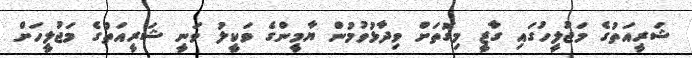
ޝަރީއަތުގެ މަޖުލީހުގައި ގާޒީ މިގޮތަށް ވިދާޅުވުމުން ޔާމީންގެ ވަކީލު ވަނީ ޝަރީއަތުގެ މަޖުލީހަށް